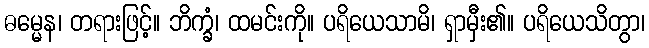
ဓမ္မေန၊ တရားဖြင့်။ ဘိက္ခံ၊ ထမင်းကို။ ပရိယေသာမိ၊ ရှာမှီး၏။ ပရိယေသိတွာ၊